Annual administration report of the Civil Veterinary Department of India - 1899-1900
Year: 1899
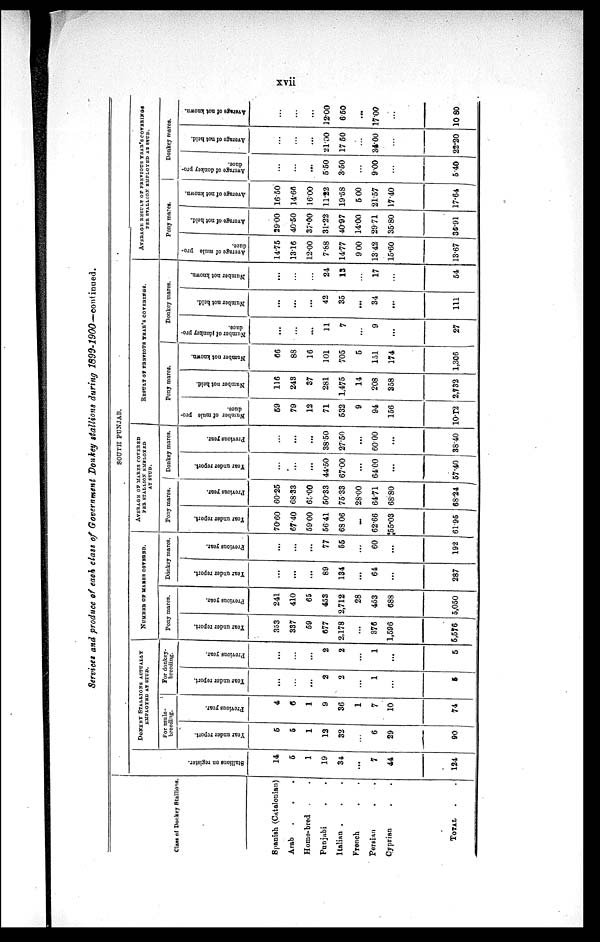
xvii
Services and produce of each class of Government Donkey stallions during
1899-1900—continued.
Class of Donkey Stallions.
Spanish (Catalonian)
Arab . . .
Home-bred . .
Punjabi . .
Italian . . .
French . .
Persian . .
Cyprian . .
TOTAL . .
SOUTH PUNJAB.
Stallions on register.
14
5
1
19
34
...
7
44
124
DONKEY STALLIONS ACTUALLY
EMPLOYED AT STUD.
For mule-
breeding.
Year under report.
5
5
1
12
32
...
6
29
90
Previous year.
4
6
1
9
36
1
7
10
74
For donkey-
breeding.
Year under report.
...
...
...
2
2
...
1
...
6
Previous year.
...
...
...
2
2
...
1
...
5
NUMBER OF MARES COVERED.
Pony mares.
Year under report.
353
337
59
677
2,178
...
376
1,596
5,576
Previous year.
241
410
65
453
2,712
28
453
688
5,050
Donkey mares.
Year under report.
...
...
...
89
134
...
64
...
287
Previous year.
...
...
...
77
55
...
60
...
192
AVERAGE OF MARES COVERED
PEE STALLION EMPLOYED
AT STUD.
Pony mares.
Year under report.
70.60
67.40
59.00
56.41
68 06
...
62.66
55.03
61.95
Previous year.
60.25
68.33
65.00
50.33
75.33
28.00
64.71
68.80
68.24
Donkey mares.
Year under report.
...
...
...
44.50
67.00
...
64.00
...
57.40
Previous year.
...
...
...
38.50
27.50
...
60.00
...
38.40
RESULT
OF
PREVIOUS
YEAR'S COVERINGS.
Pony mares.
Number of mule pro-
duce.
59
79
12
71
532
9
94
156
10.12
Number not held.
116
243
37
281
1,475
14
208
358
2,732
Number not known.
66
88
16
101
705
5
151
174
1,306
Donkey mares.
Number of |donkey pro-
duce.
...
...
....
11
7
...
9
...
27
Number not held.
...
...
...
42
35
...
34
...
111
Number not known.
...
...
...
24
13
...
17
...
54
AVERAGE RESULT OF PREVIOUS YEAR'S COVERINGS
PER STALLION EMPLOYED AT STUD.
Pony mares.
Average of mule pro-
duce.
14.75
1316
12.00
7.88
14.77
9 00
13.42
15.60
13.67
Average of not held.
29.00
40.50
37.00
31.22
40.97
14.00
29.71
35.80
36.91
Average of not known.
16.50
14.66
1600
11.22
19.58
5 00
21.57
17.40
17.64
Donkey mares.
Average of donkey pro-
duce.
...
...
...
5.50
3.50
...
9.00
...
5.40
Average of not held.
...
...
...
21.00
17 50
...
34.00
...
22.20
Average of not known.
...
...
...
12.00
6.50
...
17.00
...
10 80